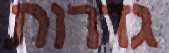
גדרות